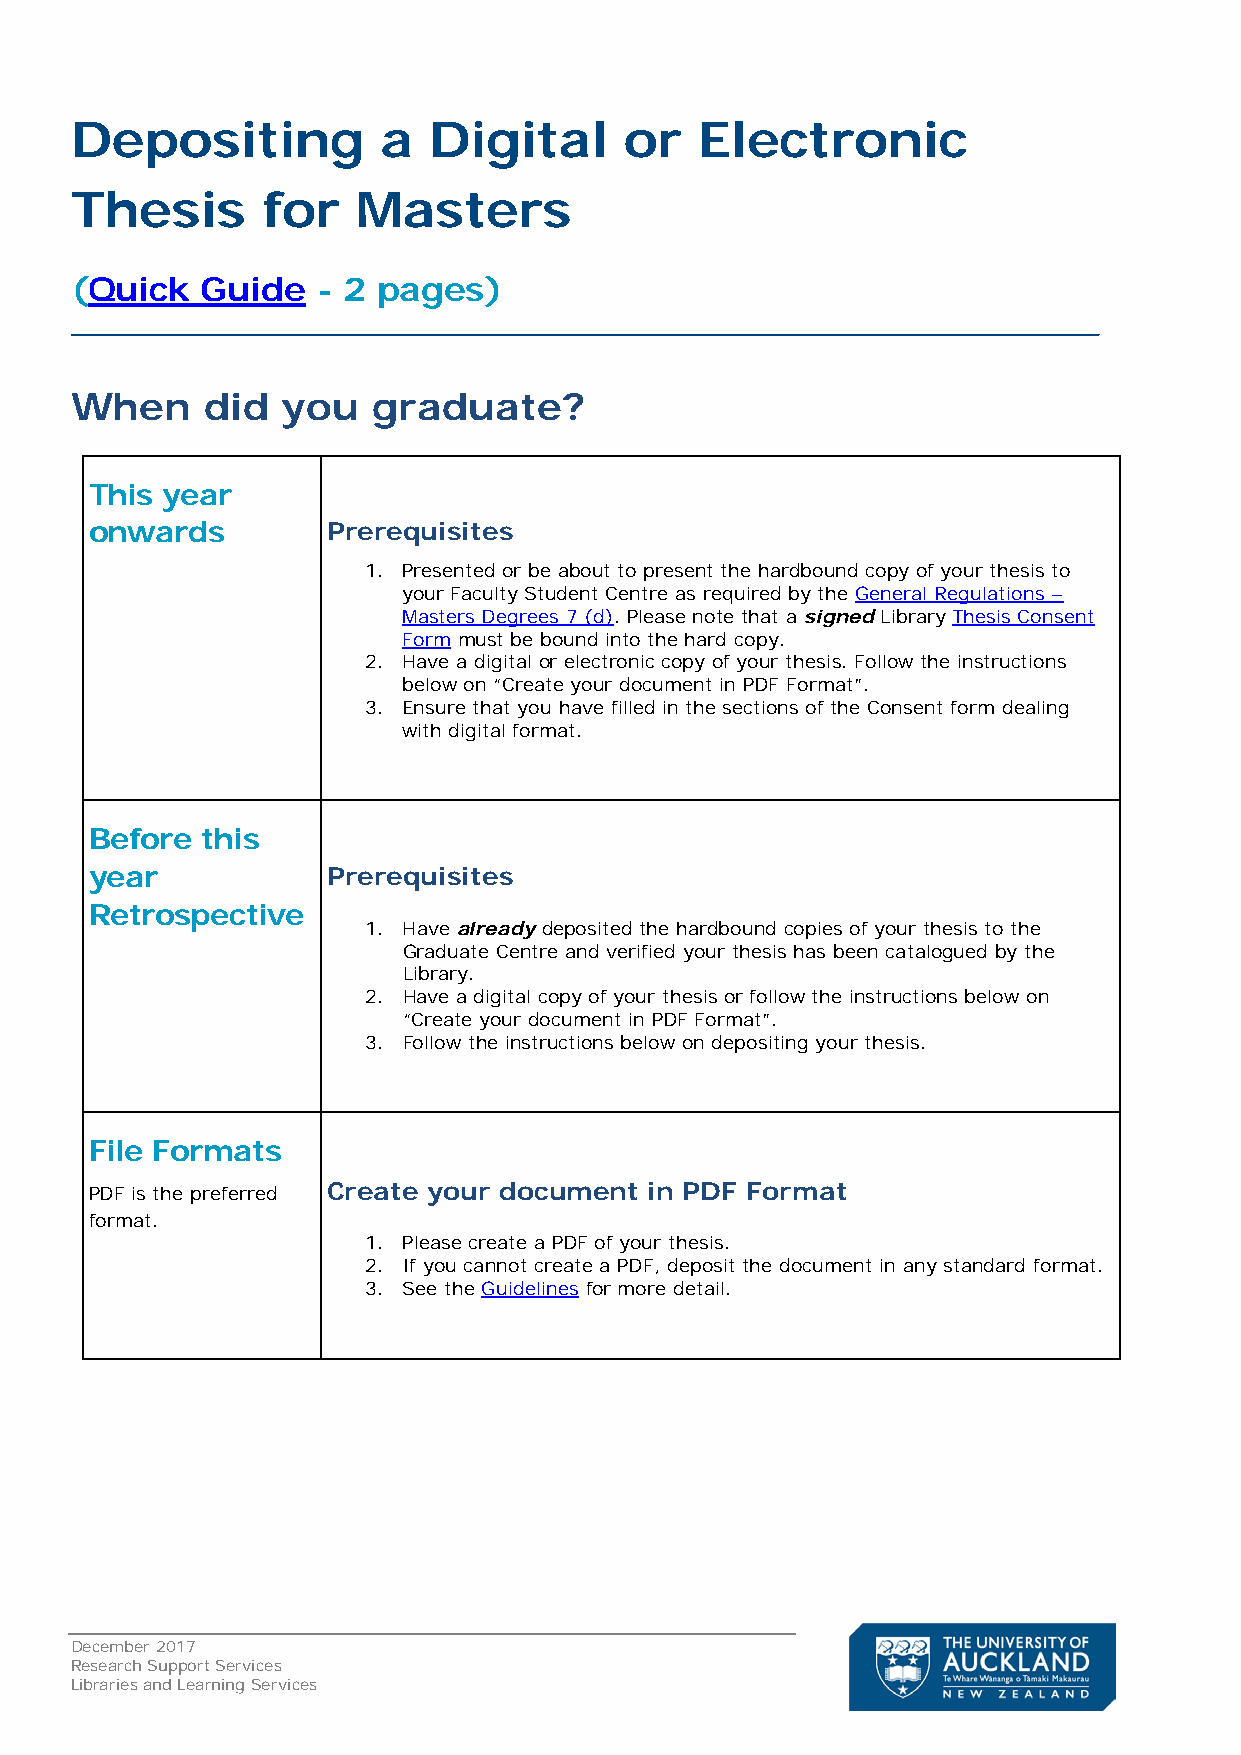
Depositing          a  Digital      or   Electronic
 Thesis      for    Masters
 (Quick  Guide   - 2 pages)
 When     did  you   graduate?
 This year
 onwards         Prerequisites
 1. Presented or be about to present the hardbound copy of your thesis to
 your Faculty Student Centre as required by the General Regulations –
 Masters Degrees 7 (d). Please note that a signed Library Thesis Consent
 Form must be bound into the hard copy.
 2. Have a digital or electronic copy of your thesis. Follow the instructions
 below on “Create your document in PDF Format”.
 3. Ensure that you have filled in the sections of the Consent form dealing
 with digital format.
 Before this
 year            Prerequisites
 Retrospective
 1. Have already deposited the hardbound copies of your thesis to the
 Graduate Centre and verified your thesis has been catalogued by the
 Library.
 2. Have a digital copy of your thesis or follow the instructions below on
 “Create your document in PDF Format”.
 3. Follow the instructions below on depositing your thesis.
 File Formats
 PDF is the preferred Create your document in PDF Format
 format.
 1. Please create a PDF of your thesis.
 2. If you cannot create a PDF, deposit the document in any standard format.
 3. See the Guidelines for more detail.
 December 2017
 Research Support Services
 Libraries and Learning Services